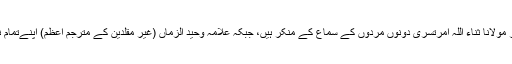
غیر مقلدین کے شیخ الکل سید نذیر حسین دہلوی اور مولانا ثناء اللہ امرتسری دونوں مردوں کے سماع کے منکر ہیں، جبکہ علامہ وحید الزماں (غیر مقلدین کے مترجمِ اعظم) اپنےتمام نام نہاد اہل حدیثوں کا مذہب یہی سماع بتارہے ہیں۔